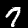
Label: 7